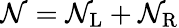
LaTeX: {\mathcal N}={\mathcal N}_{\mathrm{L}}+{\mathcal N}_{\mathrm{R}}